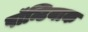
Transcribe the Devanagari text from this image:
पॉन्टियाक